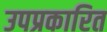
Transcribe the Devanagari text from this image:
उपप्रकारित